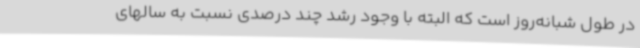
در طول شبانه‌روز است که البته با وجود رشد چند درصدی نسبت به سالهای